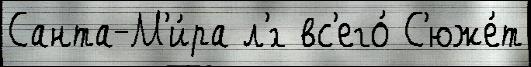
Санта-М'и́ра л'́г вс'его́ С'юже́т